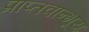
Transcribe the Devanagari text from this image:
प्राप्तवान्भूयः